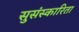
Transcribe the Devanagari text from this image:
सुसंस्कारिता